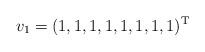
LaTeX: \begin{align*} v_1=(1,1,1,1,1,1,1,1)^{\rm T}\end{align*}